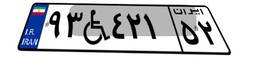
۹۸W۰۶۶۳۴